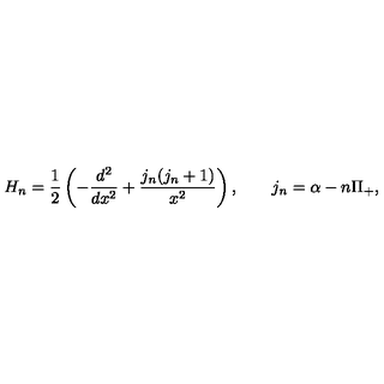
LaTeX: H _ { n } = \frac { 1 } { 2 } \left( - \frac { d ^ { 2 } } { d x ^ { 2 } } + \frac { j _ { n } ( j _ { n } + 1 ) } { x ^ { 2 } } \right) , \qquad j _ { n } = \alpha - n \Pi _ { + } ,